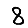
Digit: 8